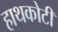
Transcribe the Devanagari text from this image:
हाथकोटी